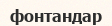
фонтандар